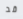
قد